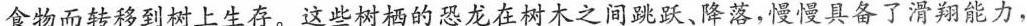
食物而转移到树上生存。这些树栖的恐龙在树木之间跳跃、降落，慢慢具备了滑翔能力，